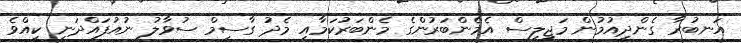
އަނބުރާ ގެންދިއުމުން މަޖިލިސް އެމެންބަރުންގެ މެންބަރުކަމާއި މެދު ގާސިމް ސުވާލު ނުއުފައްދަނީ ކީއްވެ